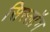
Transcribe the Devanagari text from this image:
सिस्लॉग